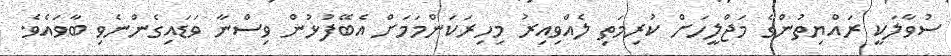
ސުވާލަކީ ރައްޔިތުންގެ މަޖްލީހަށް ކުރިމަތި ލެއްވިއިރު މިހިރަކަންމަމަށް އެބޭފުޅުން ވިސްނާ ވަޑައިގެންނެވި ބާވައެވެ.